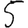
Digit: 5